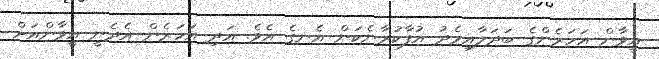
އީވާން އަހަރެންގެ ބަދަލާއިމެދު އުފާކުރާނެކަން އެނގެ އެވެ. އަދި އަހަރެން އެދެނީ އީވާންއަށް